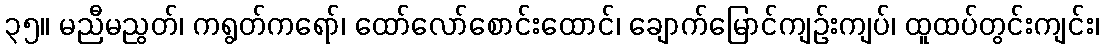
၃၅။ မညီမညွတ်၊ ကရွတ်ကရော်၊ ထော်လော်စောင်းထောင်၊ ချောက်မြောင်ကျဉ်းကျပ်၊ ထူထပ်တွင်းကျင်း၊